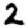
Digit: 2